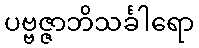
ပဗ္ဗဇ္ဇာဘိသင်္ခါရော